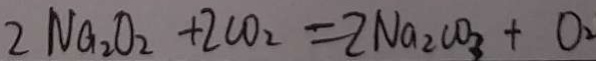
2 N a _ { 2 } O _ { 2 } + 2 C O _ { 2 } = 2 N a _ { 2 } C O _ { 3 } + O _ { 2 }